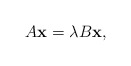
\begin{align*}A{\bf x} = \lambda B {\bf x},\end{align*}